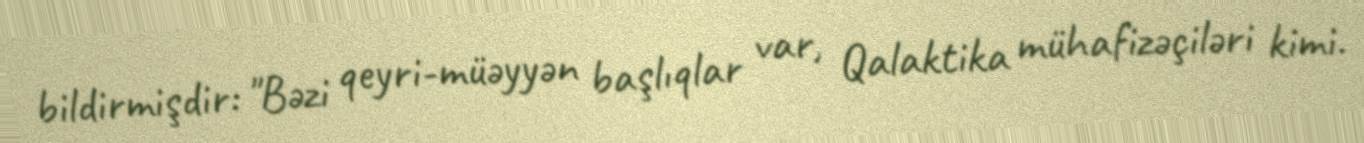
bildirmişdir: "Bəzi qeyri-müəyyən başlıqlar var, Qalaktika mühafizəçiləri kimi.